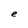
Character: e